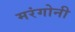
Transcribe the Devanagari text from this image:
मरंगोनी